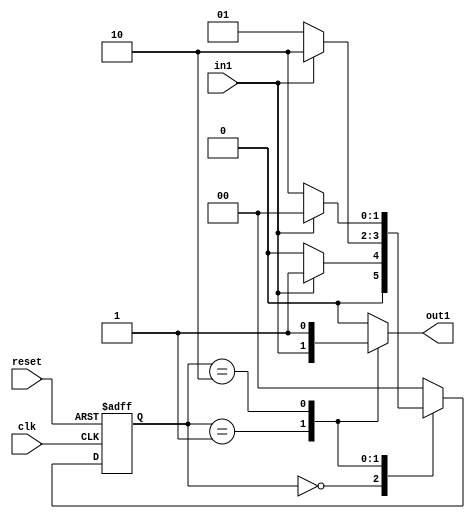
module Moore_State_Machine (
  input wire clk,
  input wire reset,
  input wire in1,
  output reg out1
);

  // Define states
  parameter S0 = 2'b00;
  parameter S1 = 2'b01;
  parameter S2 = 2'b10;

  // Define state register
  reg [1:0] state_reg, next_state;

  // Define outputs based on states
  always @(*) begin
    case(state_reg)
      S0: out1 = 1'b0;
      S1: out1 = in1;
      S2: out1 = 1'b1;
      default: out1 = 1'b0;
    endcase
  end

  // State transition logic
  always @(posedge clk or posedge reset) begin
    if(reset) begin
      state_reg <= S0;
    end else begin
      state_reg <= next_state;
    end
  end

  always @(*) begin
    case(state_reg)
      S0: next_state = in1 ? S1 : S0;
      S1: next_state = in1 ? S2 : S1;
      S2: next_state = in1 ? S0 : S2;
      default: next_state = S0;
    endcase
  end

endmodule